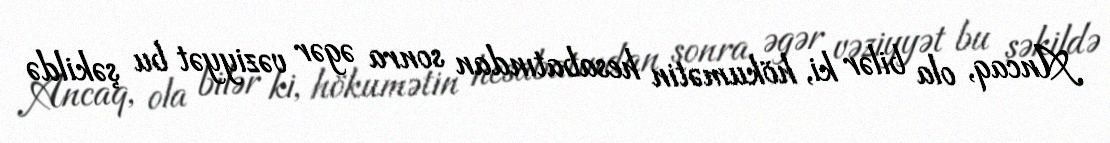
Ancaq, ola bilər ki, hökumətin hesabatından sonra əgər vəziyyət bu şəkildə